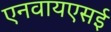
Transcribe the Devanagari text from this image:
एनवायएसई